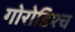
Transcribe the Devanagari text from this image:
गोरोडिश्च